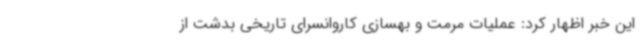
این خبر اظهار کرد: عملیات مرمت و بهسازی کاروانسرای تاریخی بدشت از